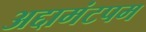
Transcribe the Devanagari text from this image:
अद्दामंटपम